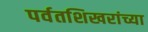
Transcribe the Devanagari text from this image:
पर्वतशिखरांच्या